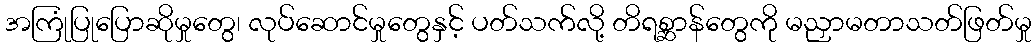
အကြုံပြုပြောဆိုမှုတွေ၊ လုပ်ဆောင်မှုတွေနှင့် ပတ်သက်လို့ တိရစ္ဆာန်တွေကို မညှာမတာသတ်ဖြတ်မှု